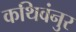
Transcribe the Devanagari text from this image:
कथिवंनुर